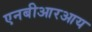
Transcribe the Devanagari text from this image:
एनबीआरआय